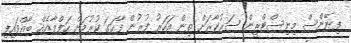
ފިނޭންސް މިނިސްޓްރީން ސަރުކާރަށް ތިން އަހަރު ފުރުން ފާހަގަ ކުރުމަށް ހަފްލާއެއް ބާއްވައިފި